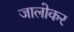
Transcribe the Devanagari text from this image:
जालोकर